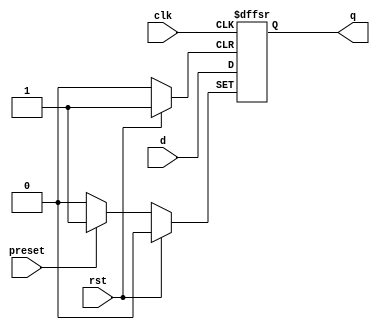
module dff_async_preset (
    input wire clk,
    input wire rst,
    input wire preset,
    input wire d,
    output reg q
);

always @(posedge clk or posedge rst or posedge preset)
begin
    if (rst)
        q <= 1'b0;
    else if (preset)
        q <= 1'b1;
    else
        q <= d;
end

endmodule